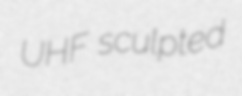
UHF sculpted